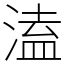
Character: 溘